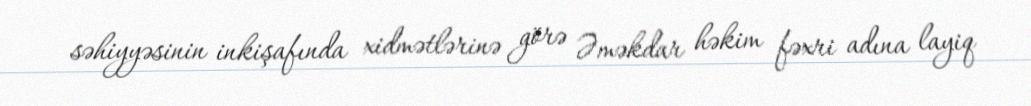
səhiyyəsinin inkişafında xidmətlərinə görə Əməkdar həkim fəxri adına layiq